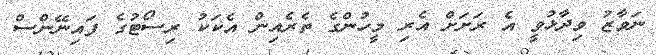
ނަވާޒު ވިދާޅުވީ އެ ރަށަށް އެރި މީހުންގެ ތެރެއިން އެކަކު ރިސޯޓުގެ ފައިނޭންސް